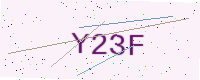
Text: Y23F